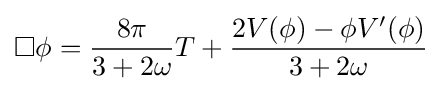
\Box \phi ={\frac {8\pi }{3+2\omega }}T+{\frac {2V(\phi )-\phi V'(\phi )}{3+2\omega }}